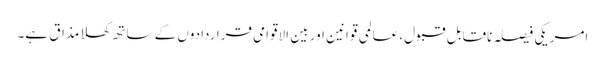
امریکی فیصلہ ناقابل قبول، عالمی قوانین اور بین الاقوامی قراردادوں کے ساتھ کھلا مذاق ہے۔